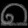
Digit: ၈